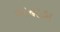
અહાહા